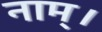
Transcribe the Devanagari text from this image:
नाम्।